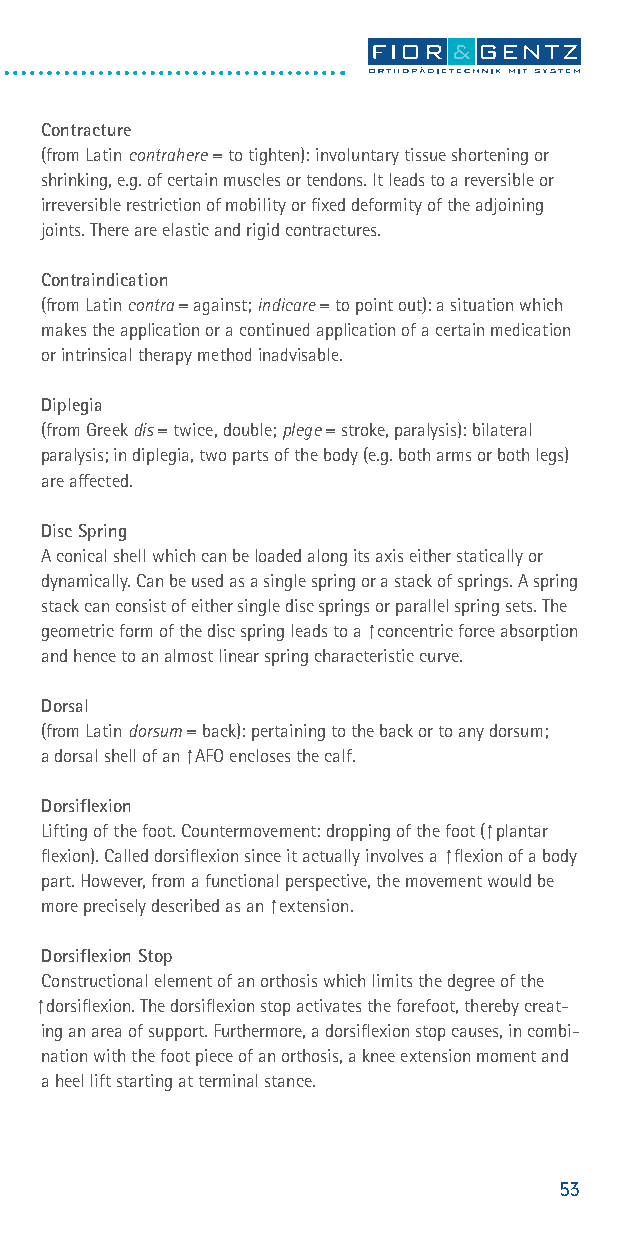
Contracture
 (from Latin contrahere = to tighten): involuntary tissue shortening or
 shrinking, e.g. of certain muscles or tendons. It leads to a reversible or
 irreversible restriction of mobility or fixed deformity of the adjoining
 joints. There are elastic and rigid contractures.
 Contraindication
 (from Latin contra = against; indicare = to point out): a situation which
 makes the application or a continued application of a certain medication
 or intrinsical therapy method inadvisable.
 Diplegia
 (from Greek dis = twice, double; plege = stroke, paralysis): bilateral
 paralysis; in diplegia, two parts of the body (e.g. both arms or both legs)
 are affected.
 Disc Spring
 A conical shell which can be loaded along its axis either statically or
 dynamically. Can be used as a single spring or a stack of springs. A spring
 stack can consist of either single disc springs or parallel spring sets. The
 geometric form of the disc spring leads to a ⁭ concentric force absorption
 and hence to an almost linear spring characteristic curve.
 Dorsal
 (from Latin dorsum = back): pertaining to the back or to any dorsum;
 a dorsal shell of an ⁭ AFO encloses the calf.
 Dorsiflexion
 Lifting of the foot. Countermovement: dropping of the foot ( ⁭ plantar
 flexion). Called dorsiflexion since it actually involves a ⁭ flexion of a body
 part. However, from a functional perspective, the movement would be
 more precisely described as an ⁭ extension.
 Dorsiflexion Stop
 Constructional element of an orthosis which limits the degree of the
 ⁭ dorsiflexion. The dorsiflexion stop activates the forefoot, thereby creat-
 ing an area of support. Furthermore, a dorsiflexion stop causes, in combi-
 nation with the foot piece of an orthosis, a knee extension moment and
 a heel lift starting at terminal stance.
 53